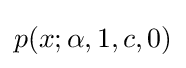
p(x;\alpha ,1,c,0)